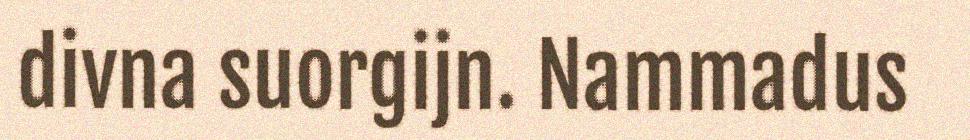
divna suorgijn. Nammadus